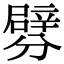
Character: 𨐯